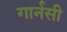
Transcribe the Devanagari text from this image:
गार्नसी